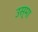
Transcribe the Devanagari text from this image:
उस्मा